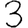
Digit: 3